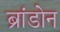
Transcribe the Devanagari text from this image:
ब्रांडोन